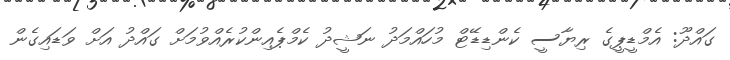
ގައްދޫ: އެމްޑީޕީގެ ރިޔާސީ ކެންޑިޑޭޓް މުހައްމަދު ނަޝީދު ކެމްޕެއިންކުރެއްވުމަށް ގައްދު އަށް ވަޑައިގެން